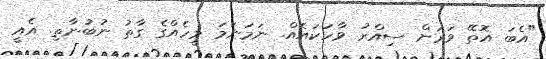
"އެބަ އޮތޭ ވަރަށް ސިއްރު ވާހަކައެއް. ނަމަނަމަ މީހެއްގެ ގާތު ނުބުނާތި. އެއީ